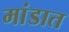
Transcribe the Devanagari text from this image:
मांडात